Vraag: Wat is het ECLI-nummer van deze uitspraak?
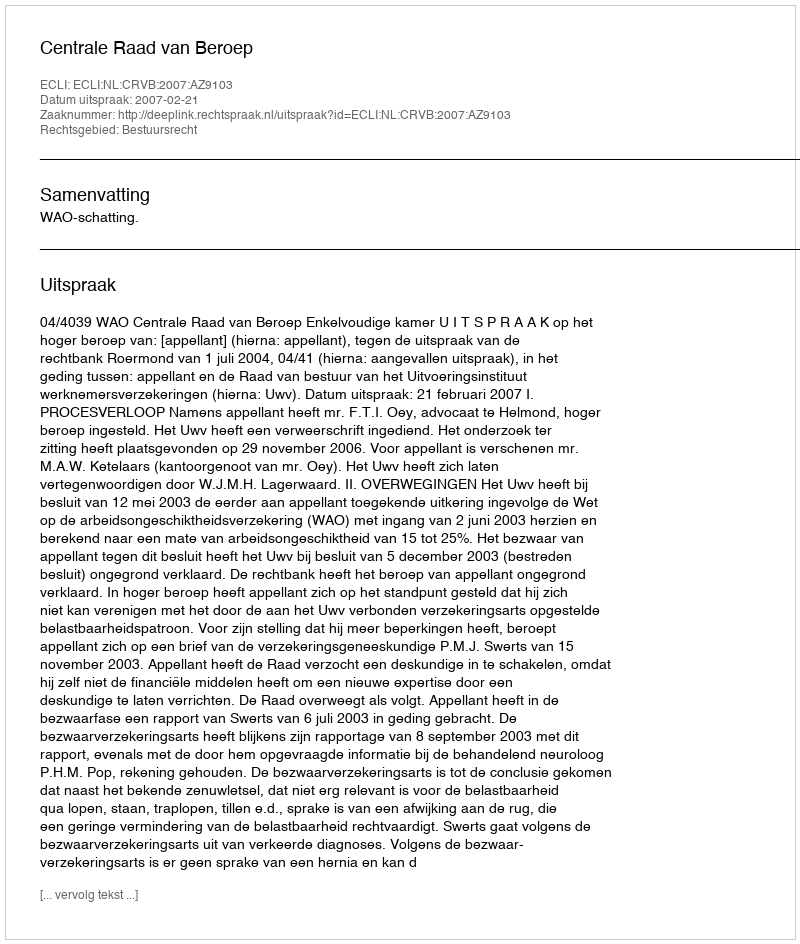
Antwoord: ECLI:NL:CRVB:2007:AZ9103